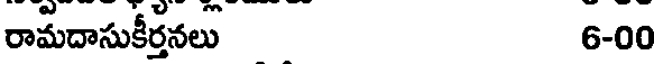
రామదాసుకీర్తనలు 6-00